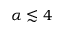
\alpha \lesssim 4